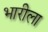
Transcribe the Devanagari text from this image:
भारीला